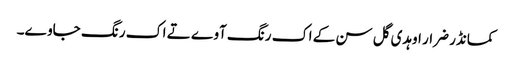
کمانڈر ضرار اوہدی گل سن کے اک رنگ آوے تے اک رنگ جاوے۔